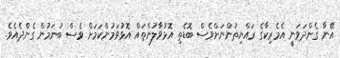
އޭނާ ގެންދަވަނީ އެމެރިކާގެ ރައްޔިތުންނަށްވެސް ބޮޑެތި އޮޅުވާލުންތައް އޮޅުވަމުންކަމަށް ވެސް ބުނަމުން ގެންދެއެވެ.